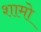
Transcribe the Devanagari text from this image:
शामो